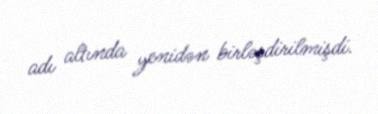
adı altında yenidən birləşdirilmişdi.